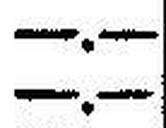
—.—